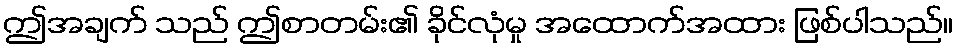
ဤအချက် သည် ဤစာတမ်း၏ ခိုင်လုံမှု အထောက်အထား ဖြစ်ပါသည်။